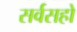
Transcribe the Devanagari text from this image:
सर्वसहो